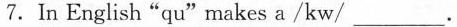
7.In English"qu"makes a/kw / ___.